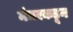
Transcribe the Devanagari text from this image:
मंचरकडून